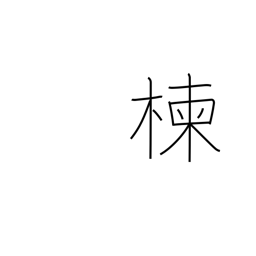
Meaning: Japanese bead tree